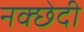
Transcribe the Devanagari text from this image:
नक्छेदी